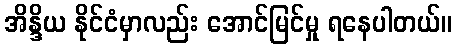
အိန္ဒိယ နိုင်ငံမှာလည်း အောင်မြင်မှု ရနေပါတယ်။